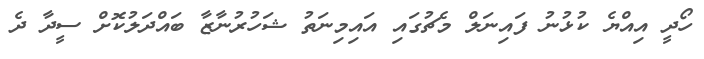
ހޯދީ އިއްޔެ ކުޅުނު ފައިނަލް މެޗުގައި އައިމިނަތު ޝަހުރުނާޒާ ބައްދަލުކޮށް ސީދާ ދެ